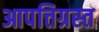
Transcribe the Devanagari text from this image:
आपत्तिग्रस्त